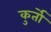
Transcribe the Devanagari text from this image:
कुर्तो